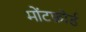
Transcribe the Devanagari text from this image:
मोंटफ़ोर्ड